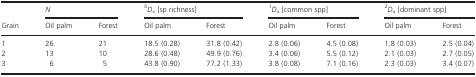
| <ROWSPAN=2> Grain | <COLSPAN=2> N | <COLSPAN=2> 0Dα [sp richness] | <COLSPAN=2> 1Dα [common spp] | <COLSPAN=2> 2Dα [dominant spp] |
 | Oil palm | Forest | Oil palm | Forest | Oil palm | Forest | Oil palm | Forest |
 | --- | --- | --- | --- | --- | --- | --- | --- | --- |
 | 1 | 26 | 21 | 18.5 (0.28) | 31.8 (0.42) | 2.8 (0.06) | 4.5 (0.08) | 1.8 (0.03) | 2.5 (0.04) |
 | 2 | 13 | 10 | 28.6 (0.48) | 49.9 (0.76) | 3.4 (0.06) | 5.5 (0.12) | 2.1 (0.03) | 2.7 (0.05) |
 | 3 | 6 | 5 | 43.8 (0.90) | 77.2 (1.33) | 3.8 (0.08) | 7.1 (0.16) | 2.3 (0.03) | 3.4 (0.07) |